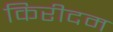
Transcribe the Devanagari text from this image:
किरीदम